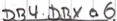
Text: DB4.DBX.06